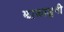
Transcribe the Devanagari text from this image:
झाकाळुनी